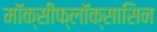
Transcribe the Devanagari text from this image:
मॉक्सीफ्लॉक्सासिन